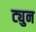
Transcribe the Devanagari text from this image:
ट्युन